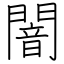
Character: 闇